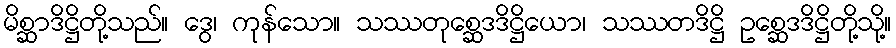
မိစ္ဆာဒိဋ္ဌိတို့သည်။ ဒွေ၊ ကုန်သော။ သဿတုစ္ဆေဒဒိဋ္ဌိယော၊ သဿတဒိဋ္ဌိ ဥစ္ဆေဒဒိဋ္ဌိတို့သို့။